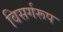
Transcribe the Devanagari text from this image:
विसर्गरूप